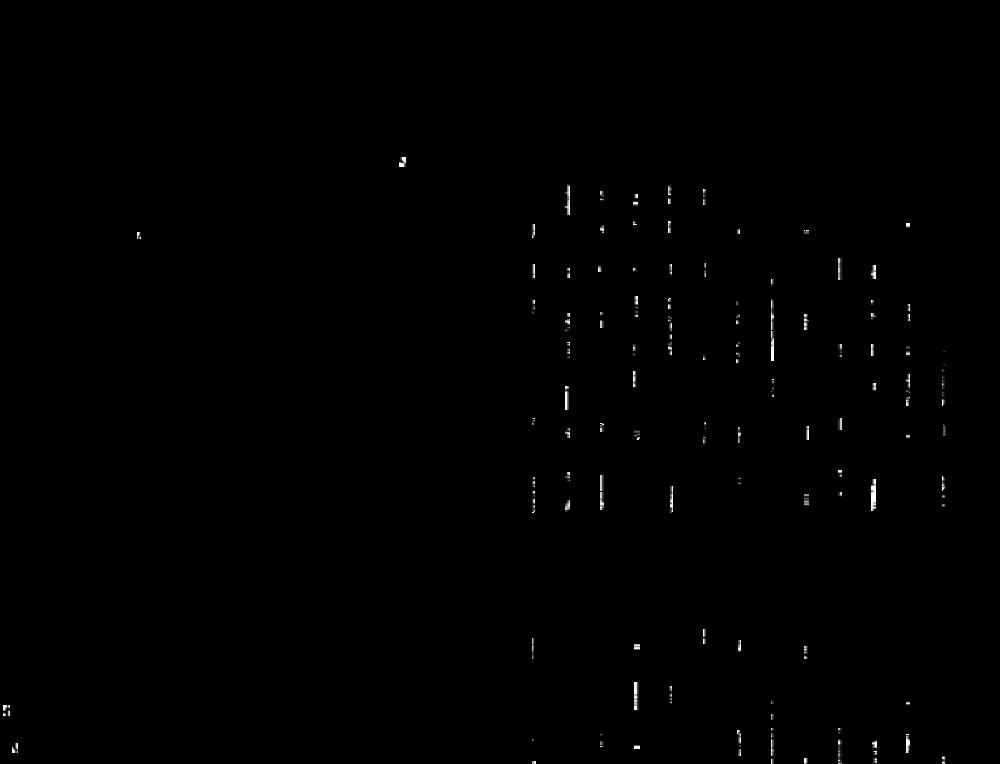
..
:
1
:
--